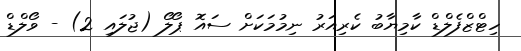
ހިޓްޒްފެލްޑް ކާމިޔާބު ކެރިއަރު ނިމުމަކަށް ސައޮ ޕޯލޯ (ޖުލައި 2) - ވޯލްޑް